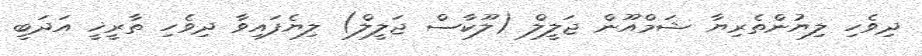
ދިވެހި ލިޔުންތެރިޔާ ޝަމްއޫން ޖަލީލް (ލޫކާސް ޖަލީލް) ލިޔެފައިވާ ދިވެހި ތާރީޚީ އަދަބީ